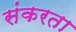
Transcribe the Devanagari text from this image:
संकरता